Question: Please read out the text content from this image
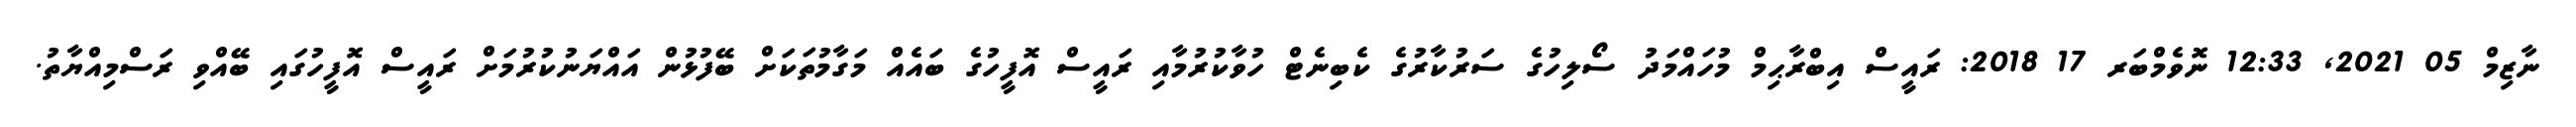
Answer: ނާޒިމް 05 2021, 12:33 ނޮވެމްބަރ 17 2018: ރައީސް އިބްރާޙިމް މުހައްމަދު ސޯލިހުގެ ސަރުކާރުގެ ކެބިނެޓް ހުވާކުރުމާއި ރައީސް އޮފީހުގެ ބައެއް މަގާމުތަކަށް ބޭފުޅުން އައްޔަނުކުރުމަށް ރައީސް އޮފީހުގައި ބޭއްވި ރަސްމިއްޔާތު.